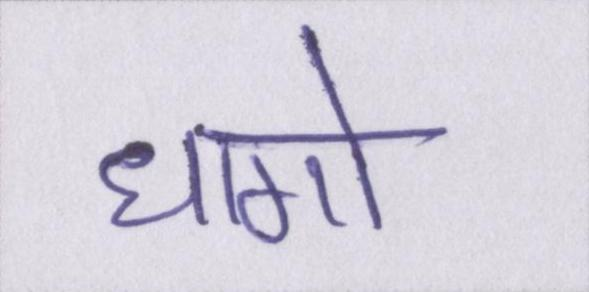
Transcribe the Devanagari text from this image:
धागो